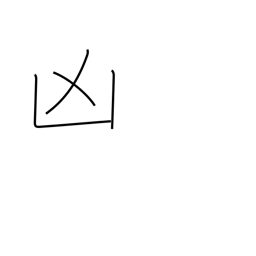
Meaning: disaster